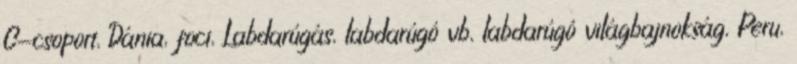
C-csoport, Dánia, foci, Labdarúgás, labdarúgó vb, labdarúgó világbajnokság, Peru,